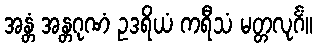
အန္တံ အန္တဂုဏံ ဥဒရိယံ ကရီသံ မတ္တလုင်္ဂံ။